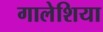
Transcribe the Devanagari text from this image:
गालेशिया